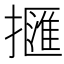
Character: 擓